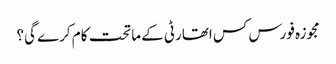
مجوزہ فورس کس اتھارٹی کے ماتحت کام کرے گی؟